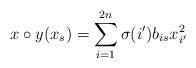
LaTeX: \begin{align*}x\circ y(x_s)=\sum_{i=1}^{2n}\sigma(i')b_{is}x_{i'}^2\end{align*}